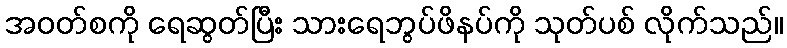
အဝတ်စကို ရေဆွတ်ပြီး သားရေဘွပ်ဖိနပ်ကို သုတ်ပစ် လိုက်သည်။